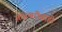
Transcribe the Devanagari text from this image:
ज्ञानेश्वरीचाही